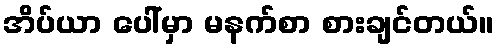
အိပ်ယာ ပေါ်မှာ မနက်စာ စားချင်တယ်။